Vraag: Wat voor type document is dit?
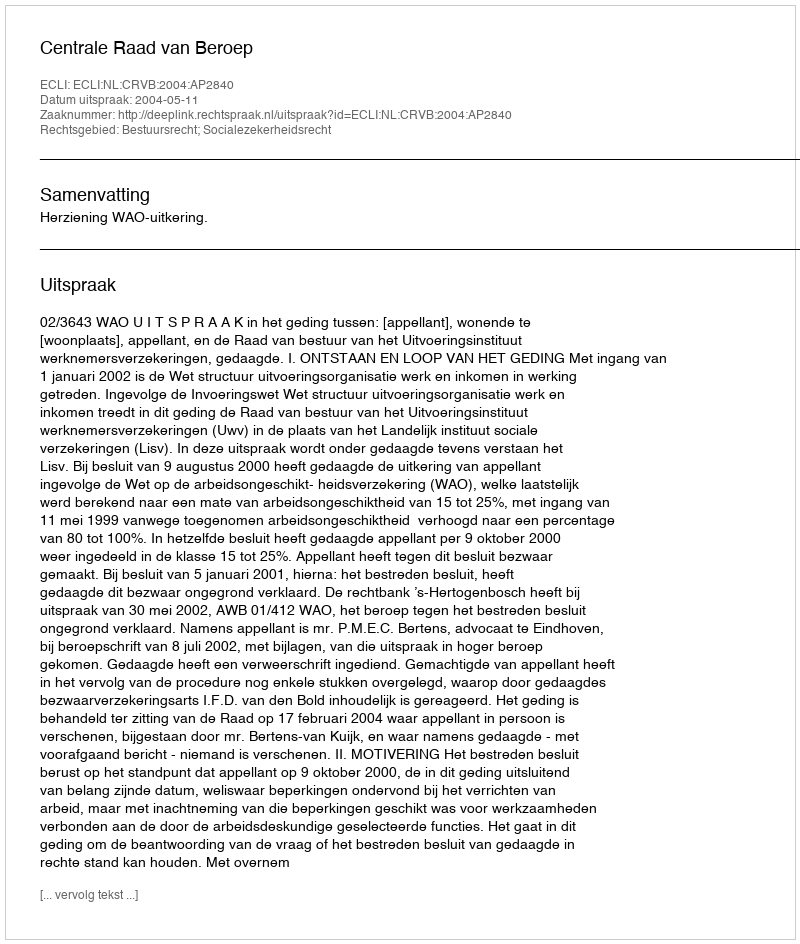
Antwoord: Uitspraak